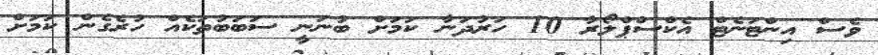
ވެސް އިންޓަނެޓް އެކްސްޕްލޯރާ 10 ހަރުދަނާ ކަމަށް ބުނަނީ ސަބަބުތަކެއް ހުރެގެން ކަމަށް